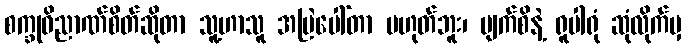
စက္ခုဝိညာဏ်စိတ်ဆိုတာ သူ့ဟာသူ အမြဲပေါ်တာ မဟုတ်ဘူး၊ မျက်စိနဲ့ ရူပါရုံ ဆုံလိုက်မှ